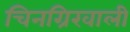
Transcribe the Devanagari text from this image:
चिनग्रिखाली